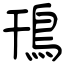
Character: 鳱